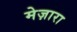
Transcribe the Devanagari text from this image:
मेज़ारा